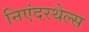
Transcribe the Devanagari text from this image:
निएंदरथेल्स